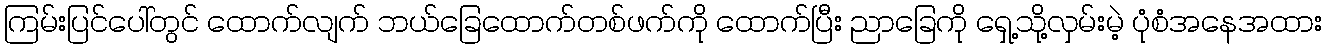
ကြမ်းပြင်ပေါ်တွင် ထောက်လျက် ဘယ်ခြေထောက်တစ်ဖက်ကို ထောက်ပြီး ညာခြေကို ရှေ့သို့လှမ်းမဲ့ ပုံစံအနေအထား